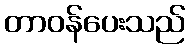
တာဝန်ပေးသည်